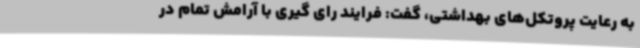
به رعایت پروتکل‌های بهداشتی، گفت: فرایند رای ‌گیری با آرامش تمام در